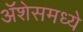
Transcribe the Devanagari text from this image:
ॲशेसमध्ये